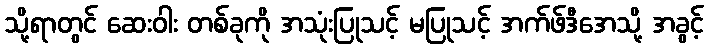
သို့ရာတွင် ဆေးဝါး တစ်ခုကို အသုံးပြုသင့် မပြုသင့် အက်ဖ်ဒီအေသို့ အခွင့်